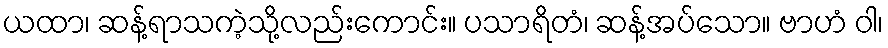
ယထာ၊ ဆန့်ရာသကဲ့သို့လည်းကောင်း။ ပသာရိတံ၊ ဆန့်အပ်သော။ ဗာဟံ ဝါ၊